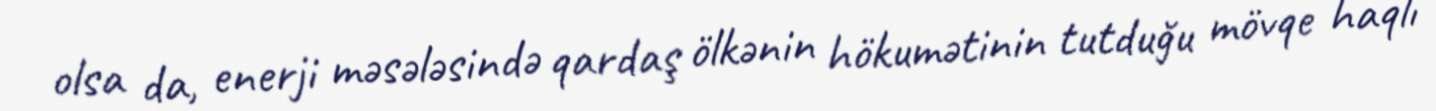
olsa da, enerji məsələsində qardaş ölkənin hökumətinin tutduğu mövqe haqlı